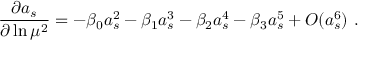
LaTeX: \frac { \partial a _ { s } } { \partial \ln \mu ^ { 2 } } = - \beta _ { 0 } a _ { s } ^ { 2 } - \beta _ { 1 } a _ { s } ^ { 3 } - \beta _ { 2 } a _ { s } ^ { 4 } - \beta _ { 3 } a _ { s } ^ { 5 } + O ( a _ { s } ^ { 6 } ) ~ .